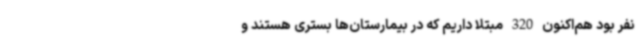
نفر بود هم‌اکنون 320 مبتلا داریم که در بیمارستان‌ها بستری هستند و